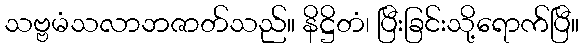
သဗ္ဗမံသလာဘဇာတ်သည်။ နိဋ္ဌိတံ၊ ပြီးခြင်းသို့ရောက်ပြီ။